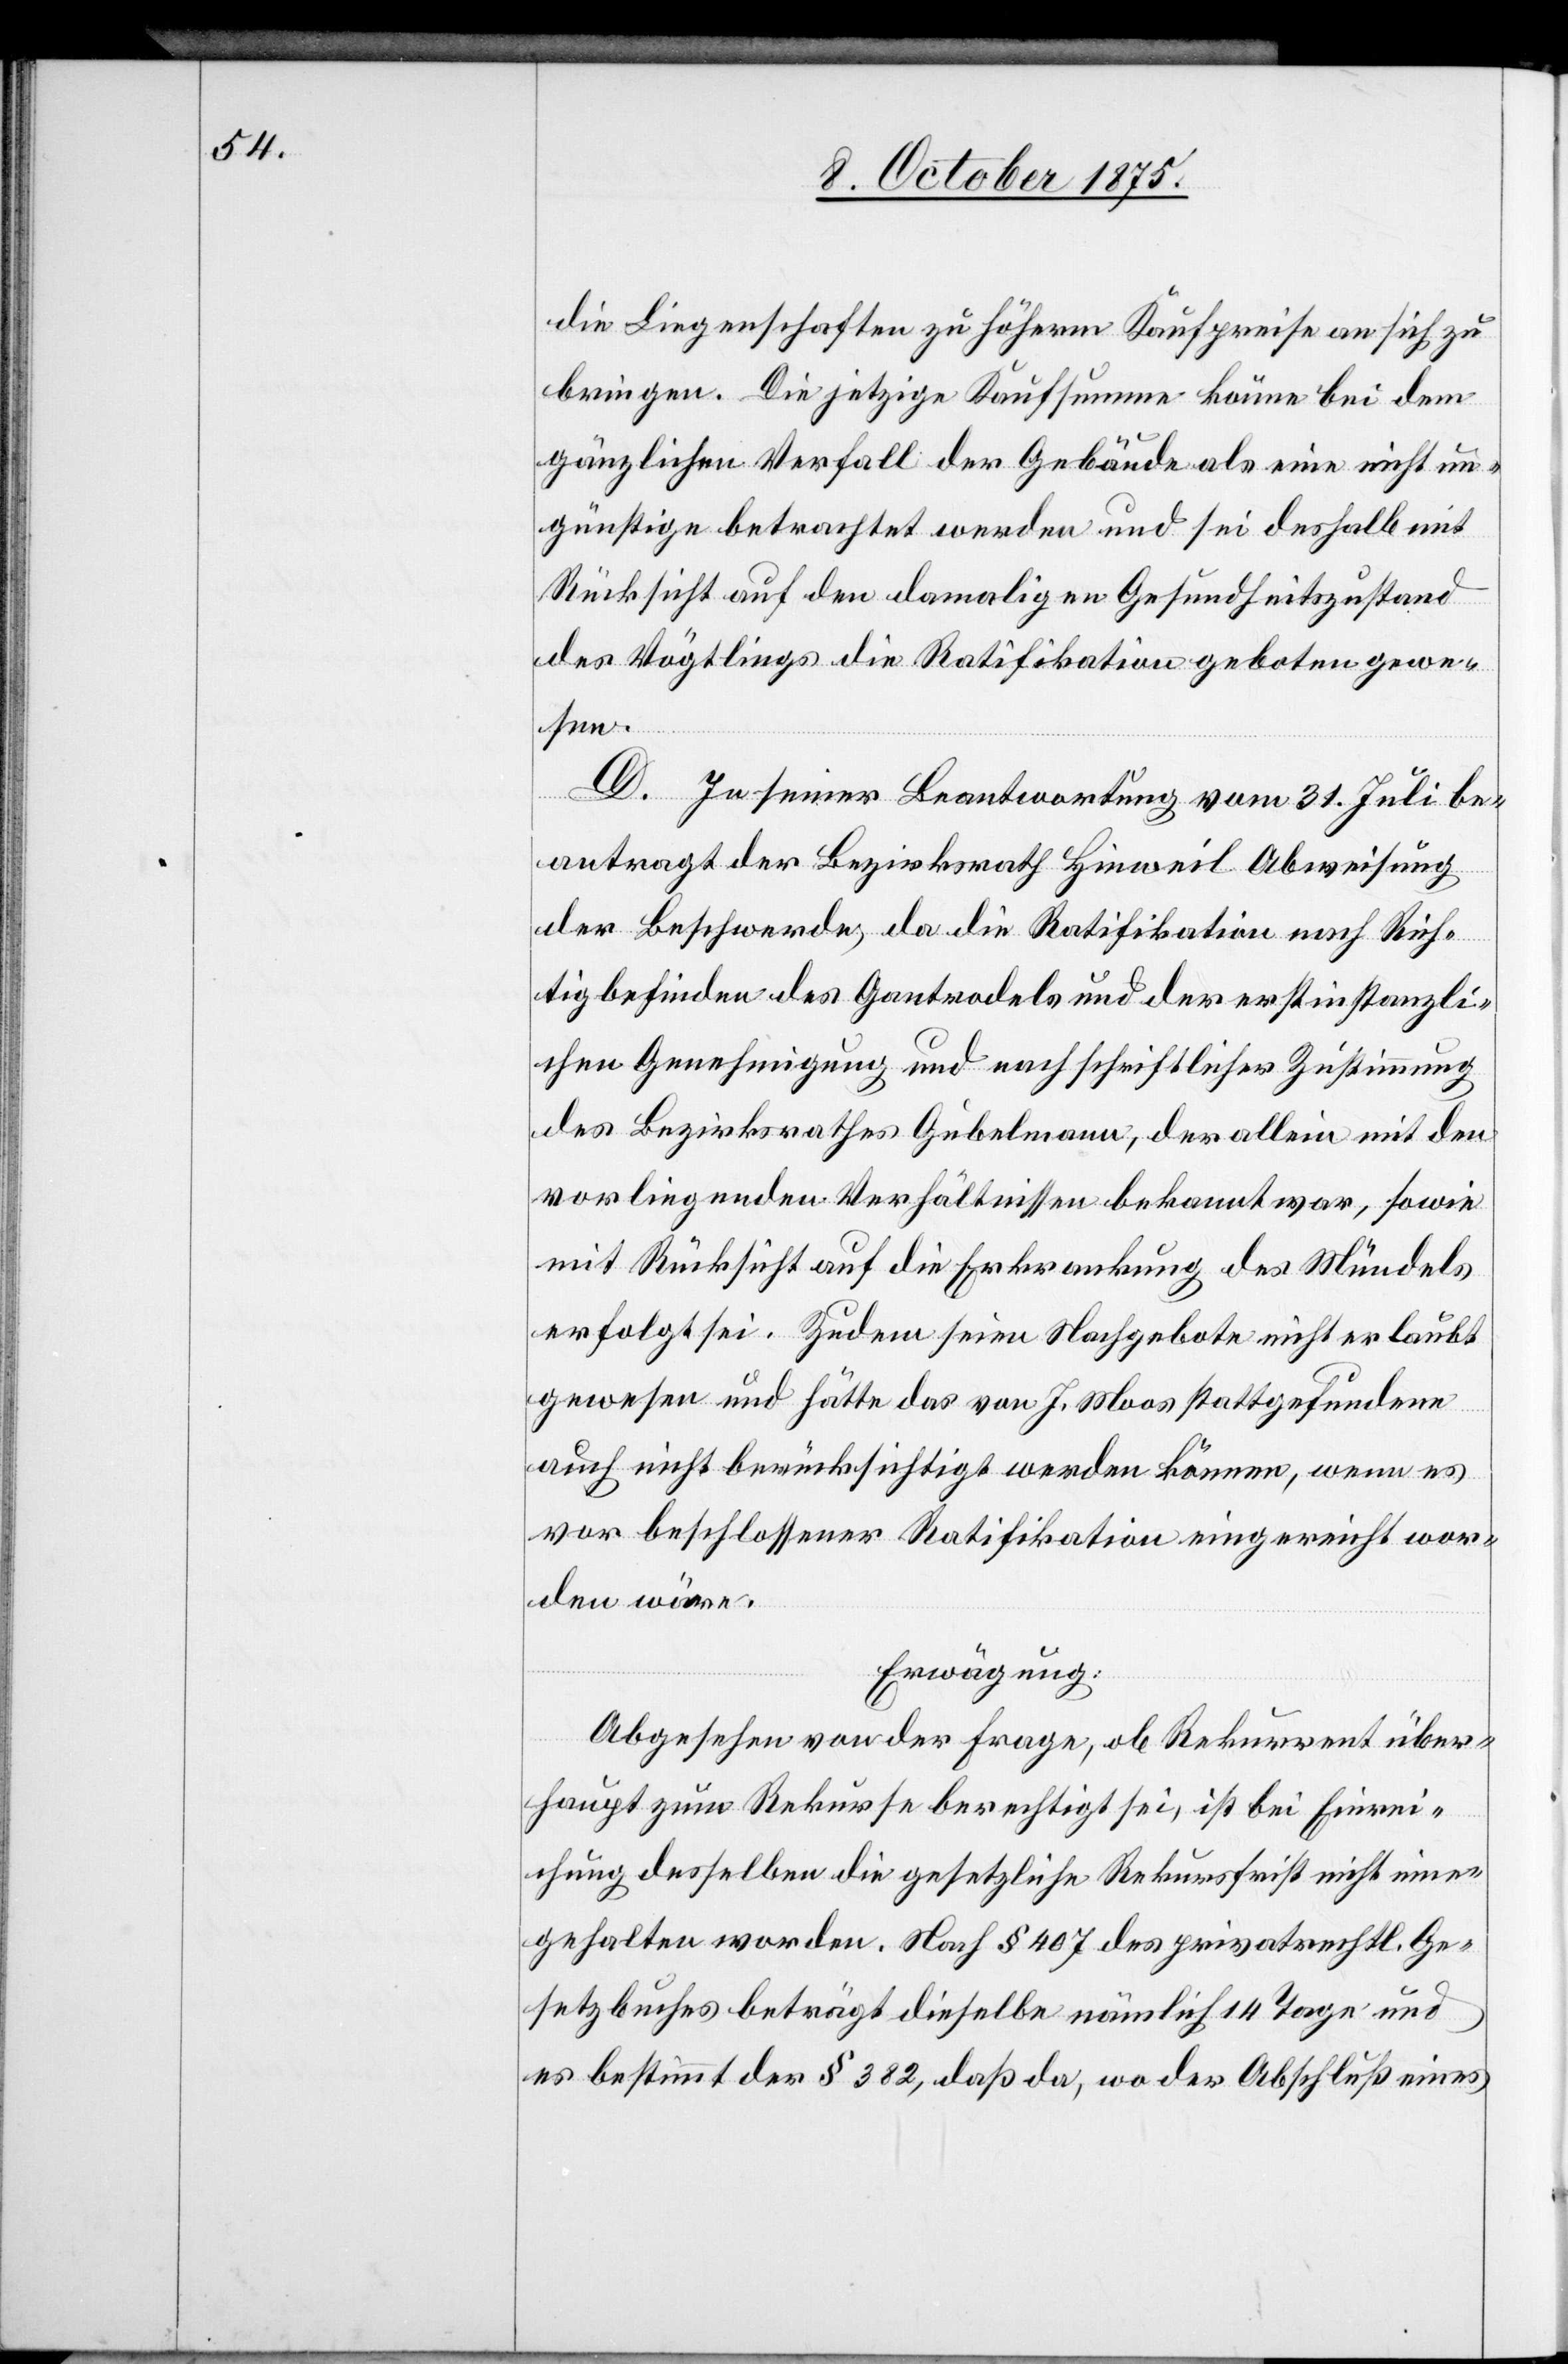
die Liegenschaften zu höherm Kaufpreise an sich zu
bringen. Die jetzige Kaufsumme könne bei dem
gänzlichen Verfall der Gebäude als eine nicht un¬
günstige betrachtet werden und sei deshalb mit
Rücksicht auf den damaligen Gesundheitszustand
des Vögtlings die Ratifikation geboten gewe¬
sen.
D. In seiner Beantwortung vom 31. Juli be¬
antragt der Bezirksrath Hinweil Abweisung
der Beschwerde, da die Ratifikation nach Rich¬
tigbefinden des Gantmodells und der erstinstanzli¬
chen Genehmigung und nach schriftlicher Zustimmung
des Bezirksrathes Gubelmann, der allein mit den
vorliegenden Verhältnissen bekannt war, sowie
mit Rücksicht auf die Erkrankung des Mündels
erfolgt sei. Zudem seien Nachgebote nicht erlaubt
gewesen und hätte das von J. Moos stattgefundene
auch nicht berücksichtigt werden können, wenn es
vor beschlossener Ratifikation eingereicht wor¬
den wäre.
Erwägung:
Abgesehen von der Frage, ob Rekurrent über¬
haupt zum Rekurse berechtigt sei, ist bei Einrei¬
chung desselben die gesetzliche Rekursfrist nicht inne¬
gehalten worden. Nach § 407 des privatrechtl. Ge¬
setzbuches beträgt dieselbe nämlich 14 Tage und
es bestimmt § 382, daß da, wo der Abschluß eines